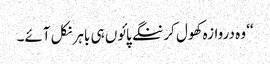
‘‘ وہ دروازہ کھول کر ننگے پائوں ہی باہر نکل آئے۔